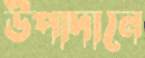
উপাদানে